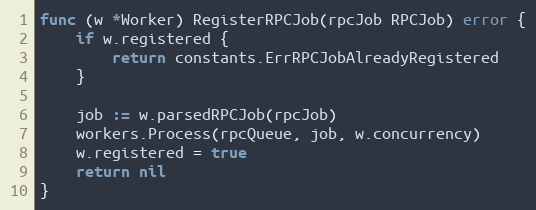
Language: Go
func (w *Worker) RegisterRPCJob(rpcJob RPCJob) error {
	if w.registered {
		return constants.ErrRPCJobAlreadyRegistered
	}

	job := w.parsedRPCJob(rpcJob)
	workers.Process(rpcQueue, job, w.concurrency)
	w.registered = true
	return nil
}